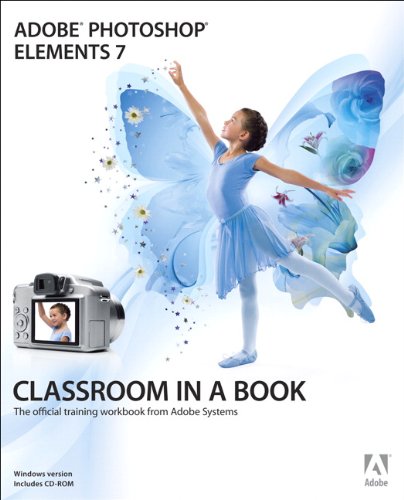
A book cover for Adobe Photoshop Elements 7 Classroom in a Book (Book & CD-ROM); Adobe Creative Team; Computers & Technology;